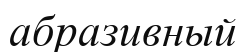
абразивный